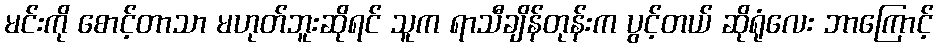
မင်းကို စောင့်တာသာ မဟုတ်ဘူးဆိုရင် သူက ရာသီချိန်တုန်းက ပွင့်တယ် ဆိုရုံလေး ဘာကြောင့်